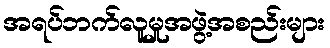
အရပ်ဘက်လူမှုအဖွဲ့အစည်းများ